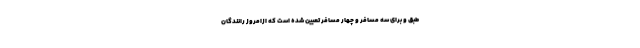
طبق و برای سه مسافر و چهار مسافر تعیین شده است که ازامروز رانندگان